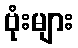
ဗုံးများ